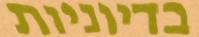
בדיוניות